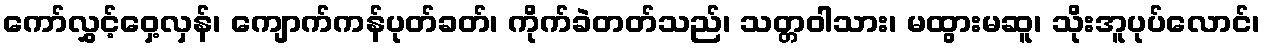
ကော်လွှင့်ဝှေ့လှန်၊ ကျောက်ကန်ပုတ်ခတ်၊ ကိုက်ခဲတတ်သည်၊ သတ္တဝါသား၊ မထွားမဆူ၊ သိုးအူပုပ်လောင်၊